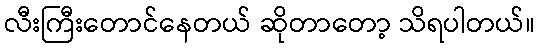
လီးကြီးတောင်နေတယ် ဆိုတာတော့ သိရပါတယ်။